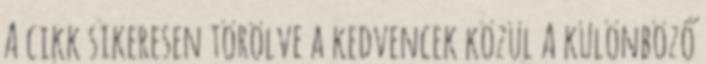
A cikk sikeresen törölve a kedvencek közül A különböző